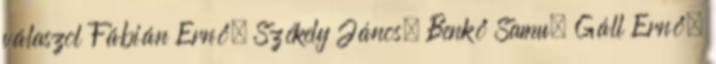
válaszol Fábián Ernő, Székely János, Benkő Samu, Gáll Ernő,